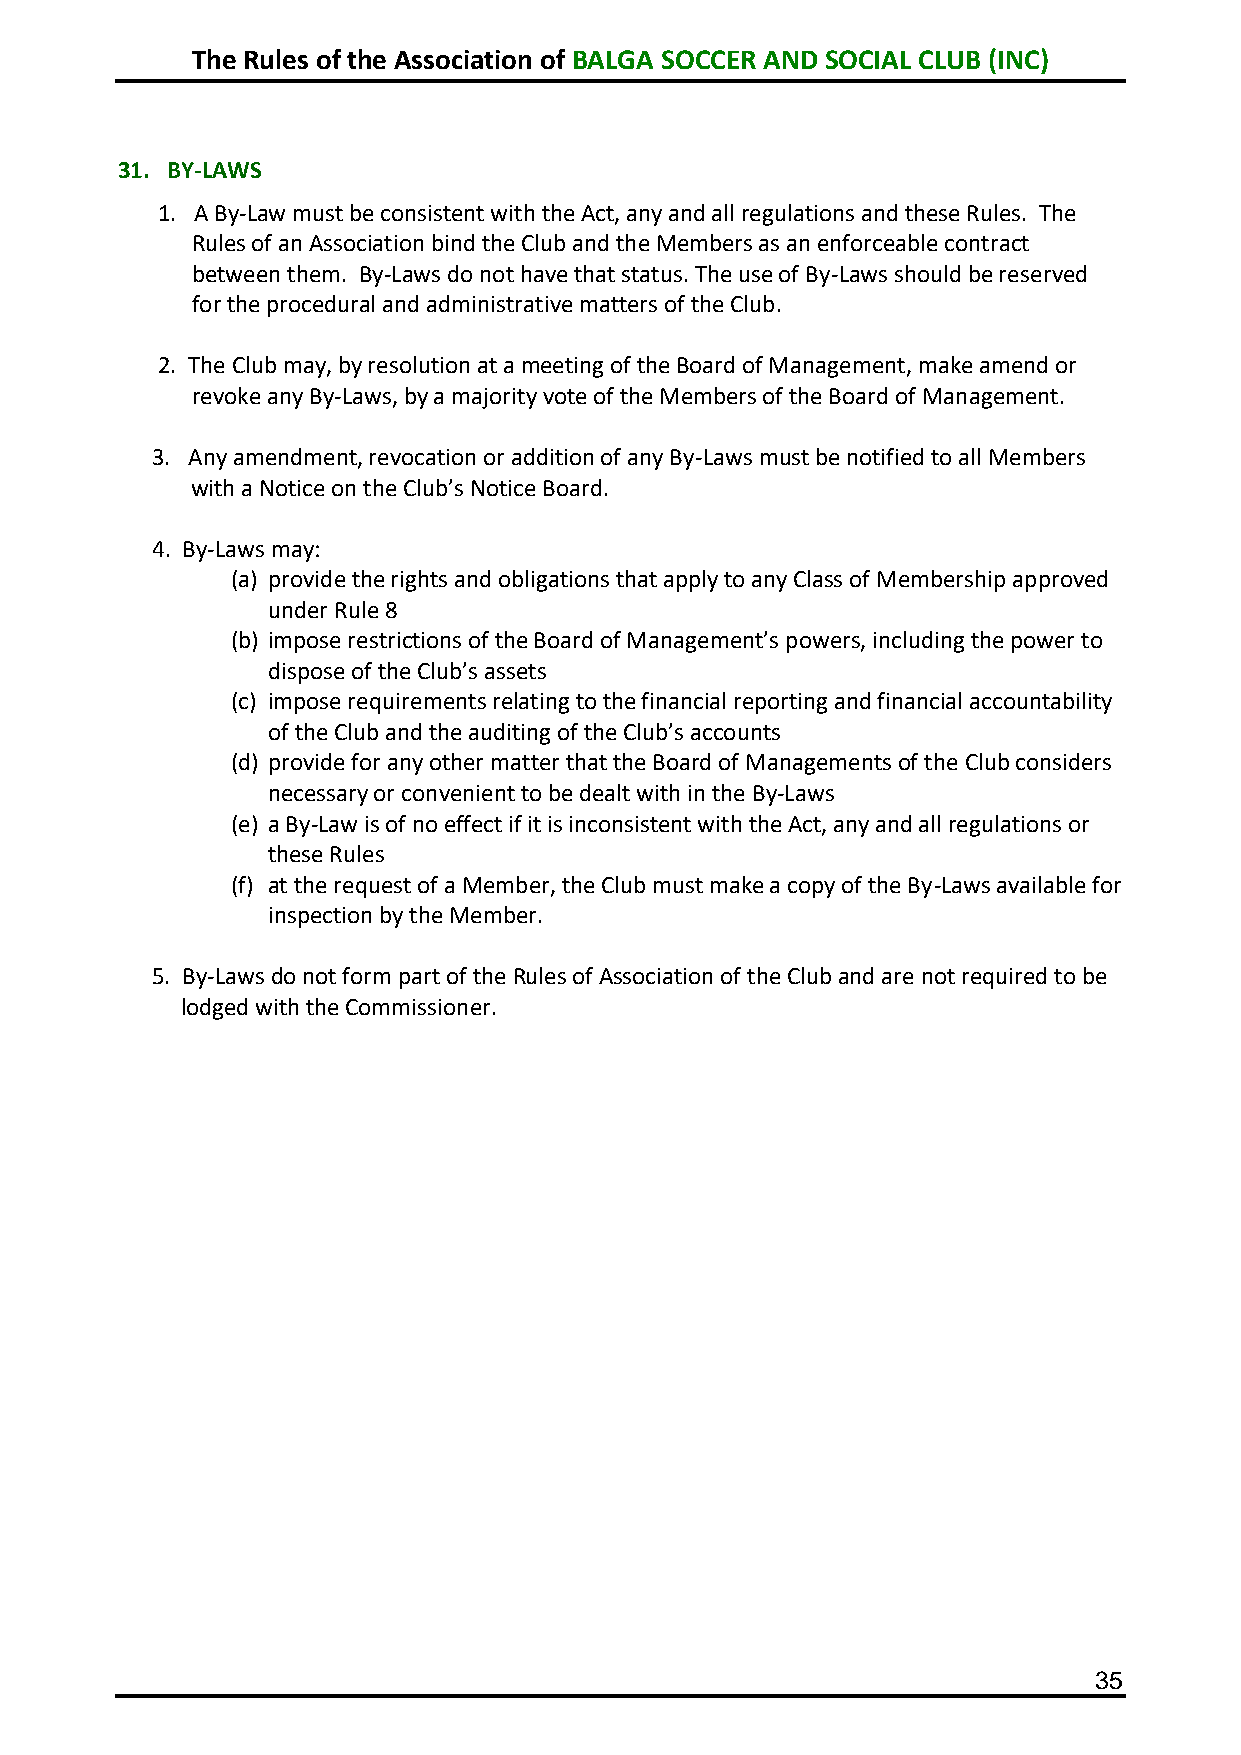
The Rules of the Association of BALGA SOCCER AND SOCIAL CLUB (INC)
 31. BY-LAWS
 1. A By-Law must be consistent with the Act, any and all regulations and these Rules. The
 Rules of an Association bind the Club and the Members as an enforceable contract
 between them. By-Laws do not have that status. The use of By-Laws should be reserved
 for the procedural and administrative matters of the Club.
 2. The Club may, by resolution at a meeting of the Board of Management, make amend or
 revoke any By-Laws, by a majority vote of the Members of the Board of Management.
 3. Any amendment, revocation or addition of any By-Laws must be notified to all Members
 with a Notice on the Club’s Notice Board.
 4. By-Laws may:
 (a) provide the rights and obligations that apply to any Class of Membership approved
 under Rule 8
 (b) impose restrictions of the Board of Management’s powers, including the power to
 dispose of the Club’s assets
 (c) impose requirements relating to the financial reporting and financial accountability
 of the Club and the auditing of the Club’s accounts
 (d) provide for any other matter that the Board of Managements of the Club considers
 necessary or convenient to be dealt with in the By-Laws
 (e) a By-Law is of no effect if it is inconsistent with the Act, any and all regulations or
 these Rules
 (f) at the request of a Member, the Club must make a copy of the By-Laws available for
 inspection by the Member.
 5. By-Laws do not form part of the Rules of Association of the Club and are not required to be
 lodged with the Commissioner.
 35